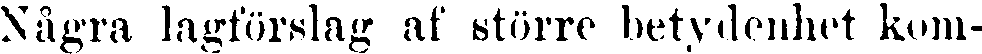
Några lagförslag af större betydenhet kom-